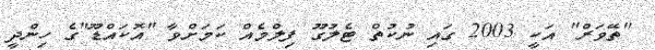
"ތޭވަރް" އަކީ 2003 ގައި ނުކުތް ޓެލުގޫ ފިލްމެއް ކަމަށްވާ "އޮކައްޑޫ"ގެ ހިންދީ